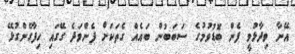
އޭނާ ވިދާޅުވީ ފެން ބޮޑުވުމުގެ ސަބަބުން ބައެއް ގެތަކަށް ފެންވަދެ ގޭގައި ހިފާގެންގުޅޭ